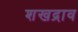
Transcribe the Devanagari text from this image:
शखद्राव